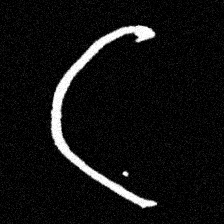
Pyu character \u2014 Myanmar letter: ဋ (romanized: tta)